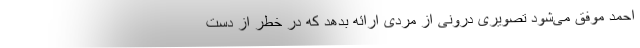
احمد موفق می‌شود تصویری درونی از مردی ارائه بدهد که در خطر از دست